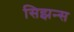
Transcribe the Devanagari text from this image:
सिझन्स